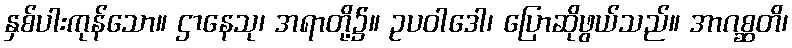
နှစ်ပါးကုန်သော။ ဌာနေသု၊ အရာတို့၌။ ဥပဝါဒေါ၊ ပြောဆိုဖွယ်သည်။ အာဂစ္ဆတိ၊